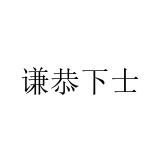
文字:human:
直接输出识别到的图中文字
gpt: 谦恭下士